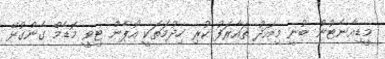
މީޑިއާނެޓުން ބުނީ މިއަދު ތައާރަފު ކުރި ހިދުމަތަކީ އޯޕެން ޓީވީ މޮޑެމް ގެންގުުޅޭ